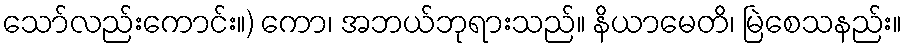
သော်လည်းကောင်း။) ကော၊ အဘယ်ဘုရားသည်။ နိယာမေတိ၊ မြဲစေသနည်း။